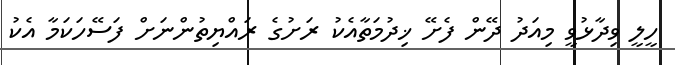
ހީލީ ވިދާޅުވީ މިއަދު ދޭން ފެށޭ ޚިދުމަތާއެކު ރަށުގެ ރައްޔިތުންނަށް ފަސޭހަކަމާ އެކު